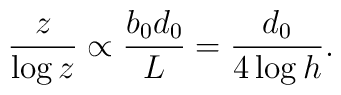
\frac{z}{ \log z} \propto \frac{ b_0 d_0}{L} = \frac{d_0}{4 \log h}.